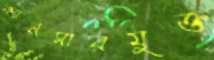
ক্যানসারমুক্ত